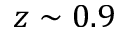
z \sim 0 . 9